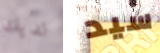
لديك سيد